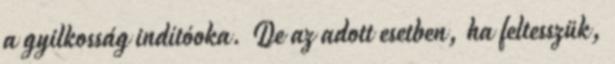
a gyilkosság indítóoka. De az adott esetben, ha feltesszük,